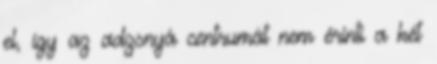
el, így az adzsnyá centrumát nem érinti a két